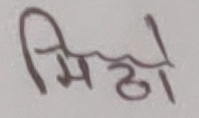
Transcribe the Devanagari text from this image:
मिठो